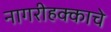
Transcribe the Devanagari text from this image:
नागरीहक्काचे